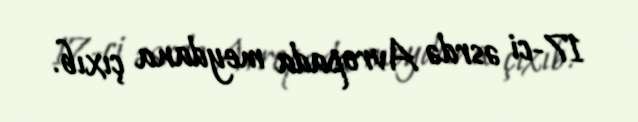
17-ci əsrdə Avropada meydana çıxıb.